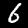
Label: 6